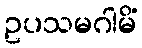
ဥပသမဂါမိံ